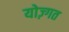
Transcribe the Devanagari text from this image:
योज़्गत